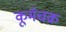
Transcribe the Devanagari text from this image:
कूर्मचक्र